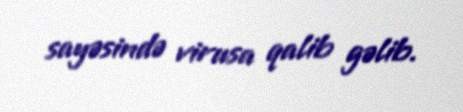
sayəsində virusa qalib gəlib.